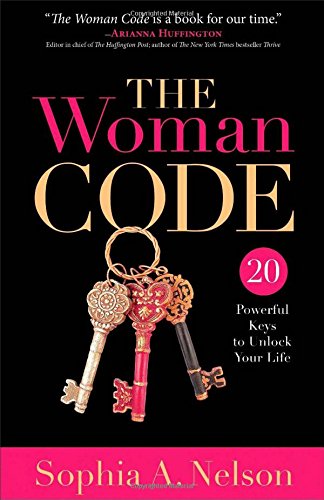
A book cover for The Woman Code: 20 Powerful Keys to Unlock Your Life; Sophia A. Nelson; Politics & Social Sciences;